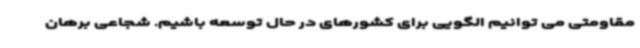
مقاومتی می توانیم الگویی برای کشورهای در حال توسعه باشیم. شجاعی برهان